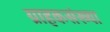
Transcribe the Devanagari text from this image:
ग्राहकसंख्या